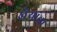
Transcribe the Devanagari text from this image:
खैर्‍यांचा